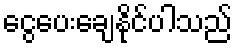
ငွေပေးချေနိုင်ပါသည်